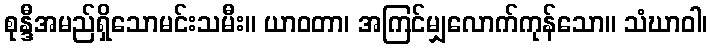
စုန္ဒီအမည်ရှိသောမင်းသမီး။ ယာဝတာ၊ အကြင်မျှလောက်ကုန်သော။ သံဃာဝါ၊